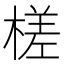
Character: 槎